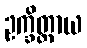
ဥက္ခိတ္တာယ